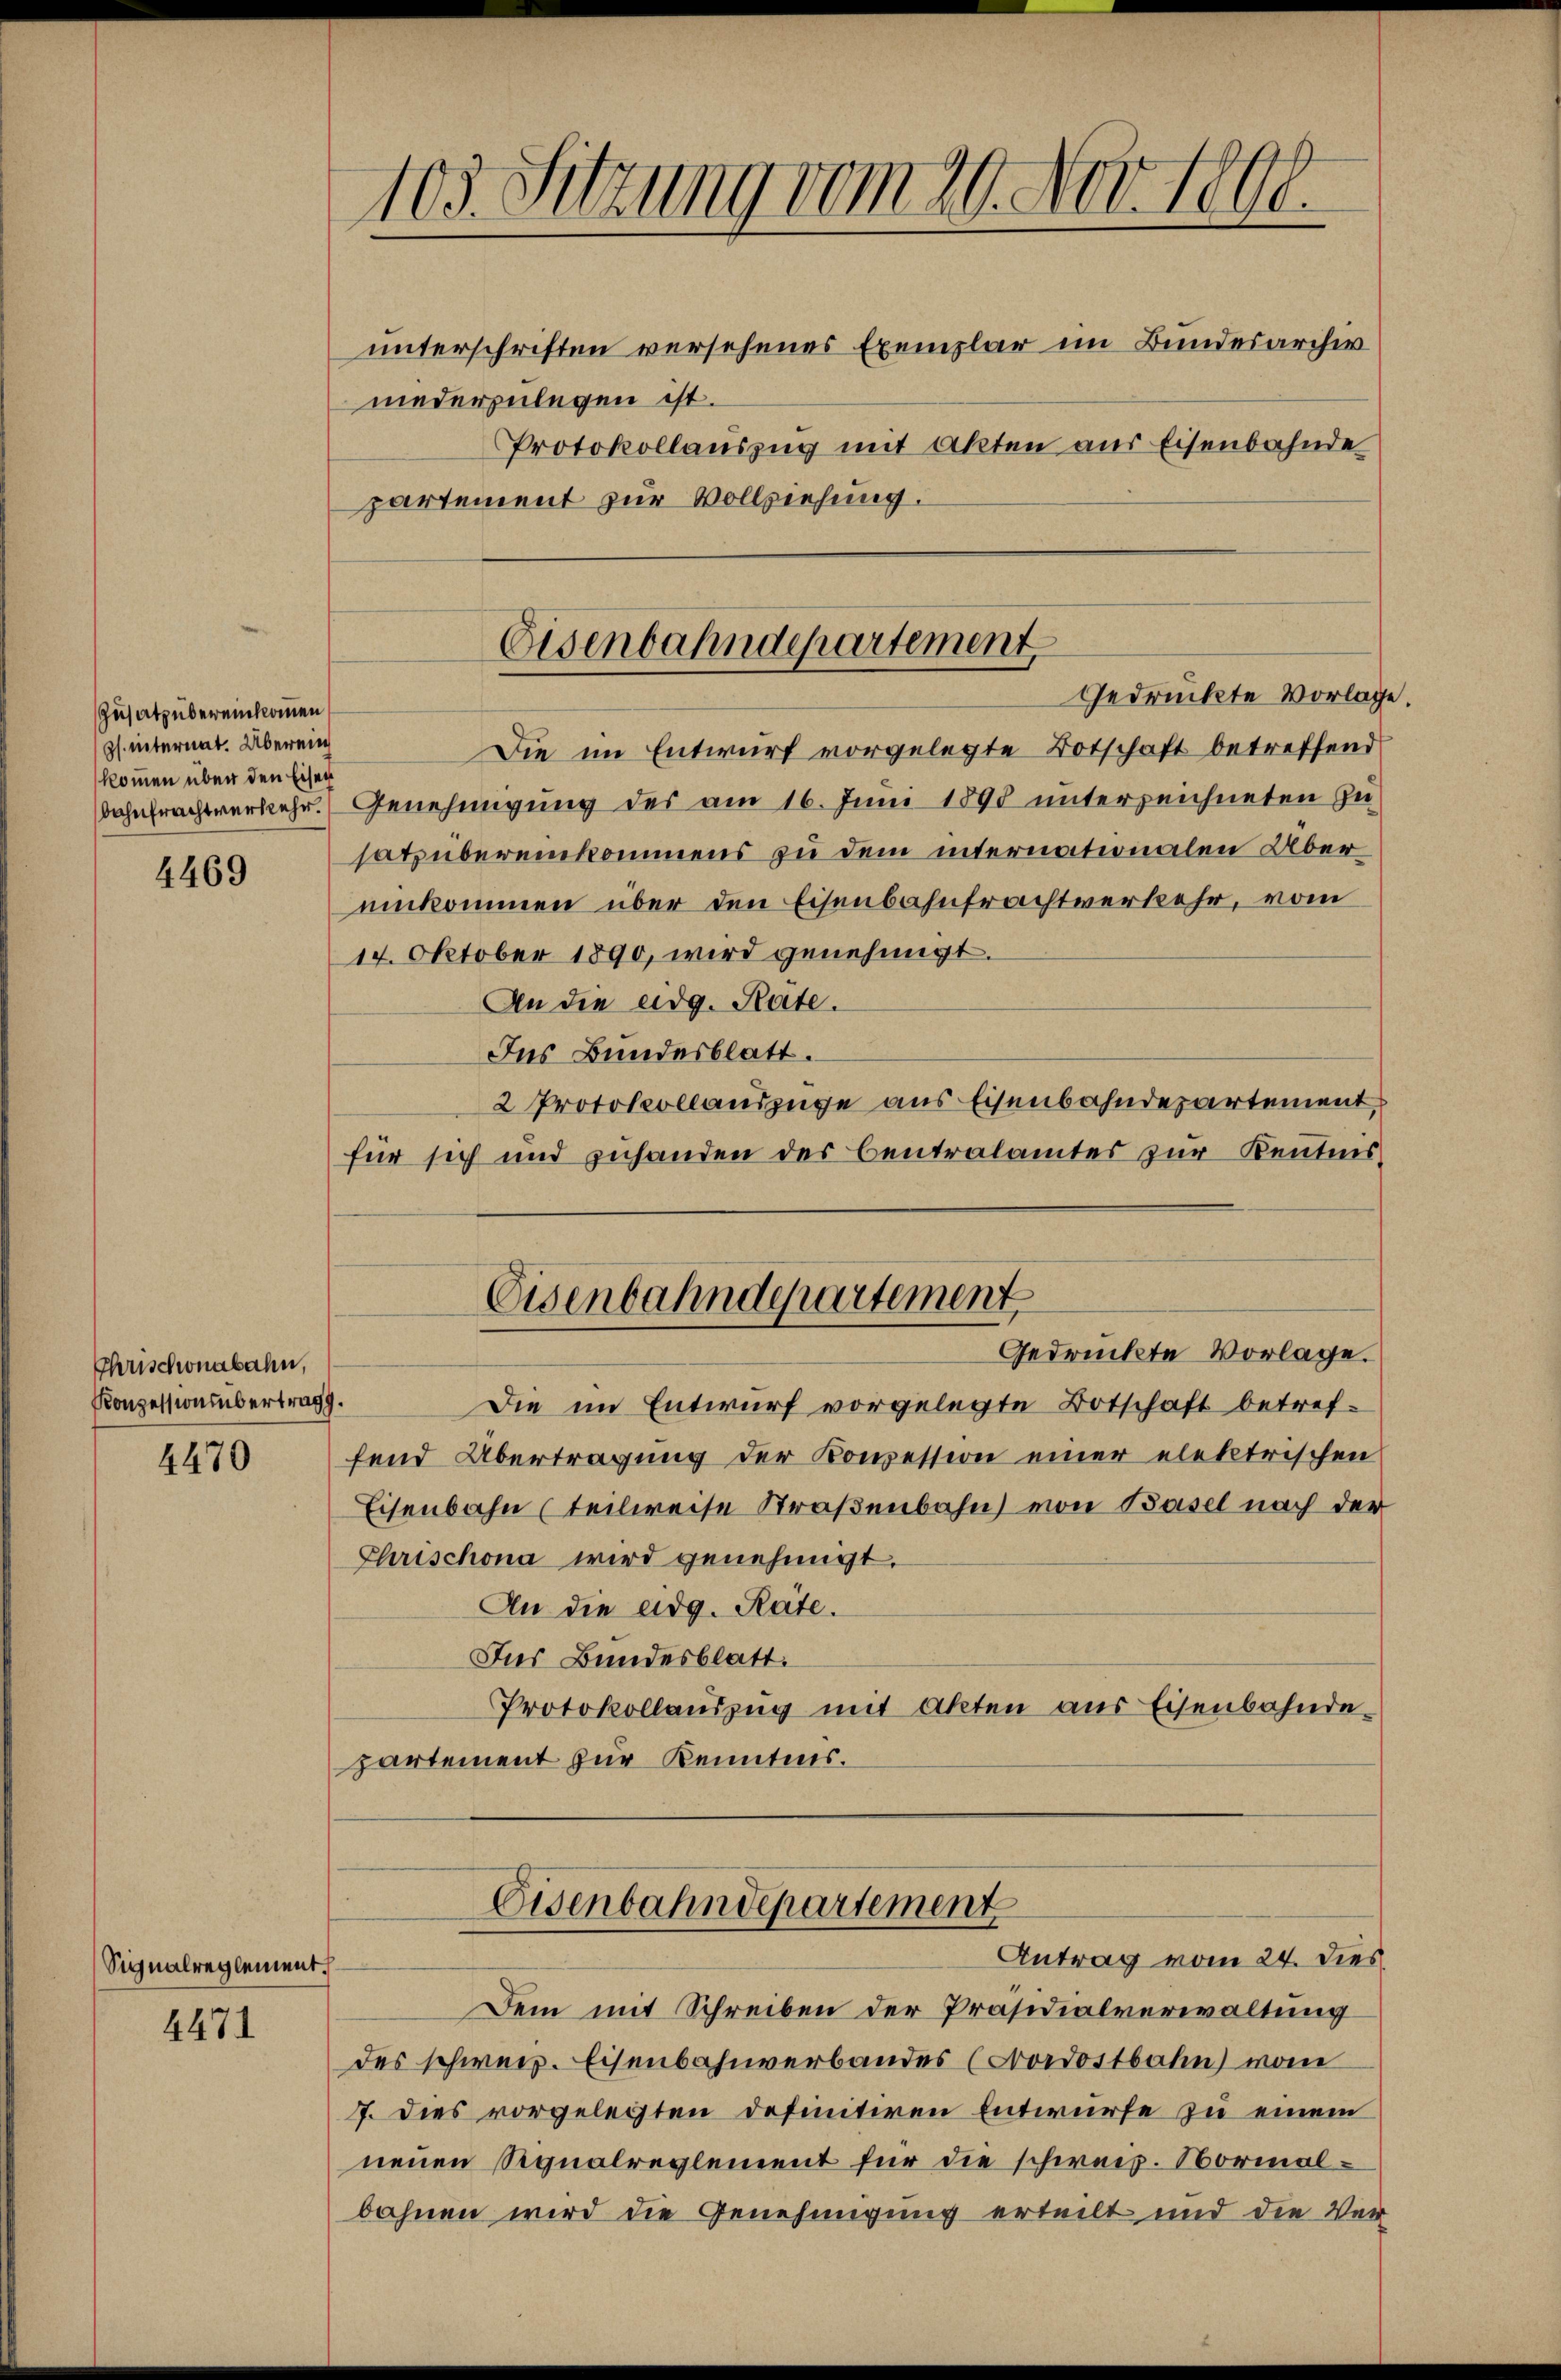
Zusatz übereinkommen
ps. internat. Überein
kommen über den Eisen

4469

Chrischonabahn,
Konzessionsübertrag.

4470

Signalreglement

4471

103. Sitzung vom 20. Nov. 1890.
unterschriften versehenes Exemplar im Bundesarchiv
niederzulegen ist.
Protokollauszug mit Akten aus Eisenbahnde
partement zur Vollziehung.

Eisenbahndepartement
Gedrückte Vorlage.

Die im Entwurf vorgelegte Botschaft betreffend
bahnfrachtverkehr. Genehmigung des am 16. Juni 1898 unterzeichneten Zusatz übereinkommens zu dem internationalen Übereinkommen über den Eisenbahnfrachtverkehr, vom
14. Oktober 1890, wird genehmigt.
An die eidg. Räte.
Ins Bundesblatt.
2 Protokollauszüge aus Eisenbahndepartement,
für sich und zuhanden des Centralamtes zur Kenntnis¬
Eisenbahndepartement
Gedrückte Vorlage.
Die im Entwurf vorgelegte Botschaft betreffend Übertragung der Konzession einer elektrischen
Eisenbahn (teilweise Straßenbahn von Basel nach der
Chrischona wird genehmigt.
An die adg. Räte.
Ins Bundesblatt.
Protokollauszug mit Akten aus Eisenbahnde-
partement zur Kenntnis.

Eisenbahndepartement
Antrag vom 24. dies
t

Dem mit Schreiben der Präsidialverwaltung
des schweiz. Eisenbahnverbandes (Nordostbahn vom
7. Dies vorgelegten definitiven Entwürfe zu einem
neuen Signalreglement für die schweiz. Normalbahnen wird die Genehmigung erteilt und die Ver-